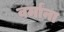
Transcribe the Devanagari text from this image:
वर्मांना